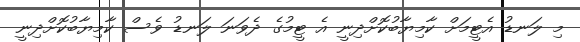
މި ލަނޑު އެޓީމަށް ކާމިޔާބުކޮށްދިނީ އެ ޓީމުގެ ދެވަނަ ލަނޑު ވެސް ކާމިޔާބުކޮށްދިނީ